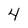
Character: 4